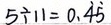
5 \div 1 1 = 0 . \dot { 4 } \dot { 5 }